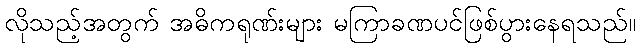
လိုသည့်အတွက် အဓိကရုဏ်းများ မကြာခဏပင်ဖြစ်ပွားနေရသည်။